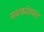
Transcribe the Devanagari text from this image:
नळकांड्यात